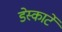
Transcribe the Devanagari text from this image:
डेस्कार्टे